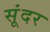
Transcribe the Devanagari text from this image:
सूंदर